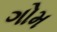
ગોમ